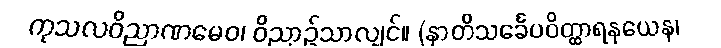
ကုသလဝိညာဏမေဝ၊ ဝိညာဉ်သာလျှင်။ (နာတိသင်္ခေပဝိတ္ထာရနယေန၊